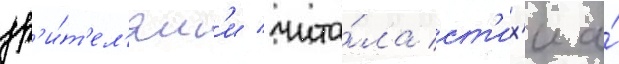
зр'и́т'ел'ям'и чита́ла ст'их'и а́